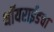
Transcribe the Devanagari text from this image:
थॉयराईडचा